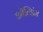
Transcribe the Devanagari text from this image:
ओल्डिंग